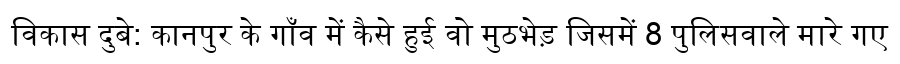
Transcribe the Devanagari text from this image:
विकास दुबे: कानपुर के गाँव में कैसे हुई वो मुठभेड़ जिसमें 8 पुलिसवाले मारे गए